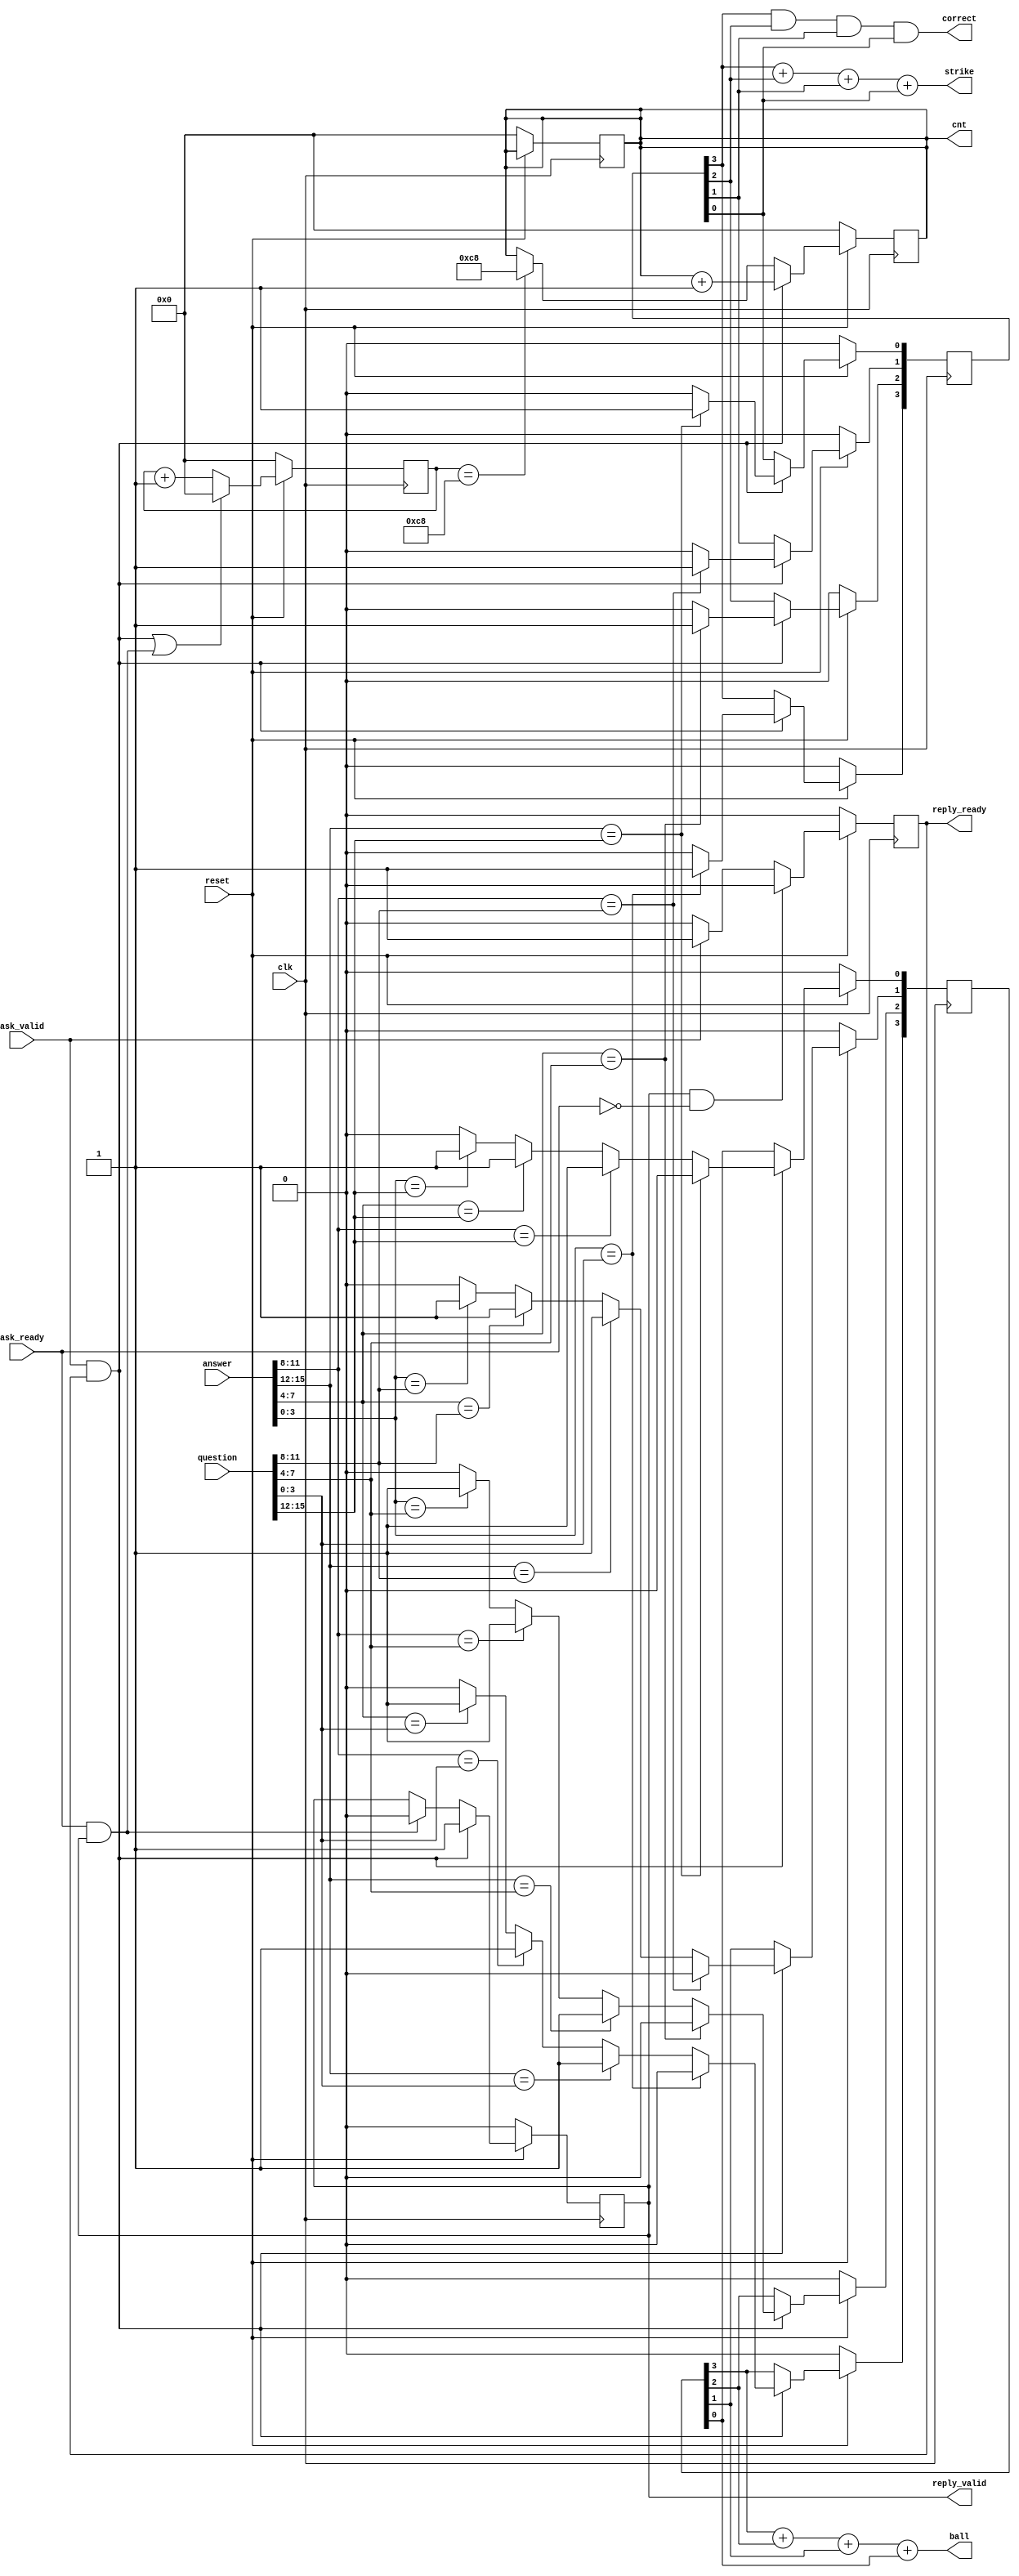
module grader(
  input reset,
  input clk,
  input [15:0] answer,
  input [15:0] question,
  input ask_valid,
  input ask_ready,
  output [2:0] strike,
  output [2:0] ball,
  output reg [15:0] cnt,
  output wire reply_ready,
  output wire reply_valid,
  output correct
  );

reg [3:0] strike_reg, ball_reg;

reg reply_valid_int;
reg reply_ready_int;
reg [15:0] cnt_deadlock;

always @(*) begin
  if(ask_valid & reply_ready) begin
    $display("quest : %h", question);
  end
end

assign strike = (strike_reg[3] + strike_reg[2] + strike_reg[1] + strike_reg[0]);
assign ball = (ball_reg[3] + ball_reg[2] + ball_reg[1] + ball_reg[0]);
assign correct = (strike_reg[3] & strike_reg[2] & strike_reg[1] & strike_reg[0]);
assign reply_ready = reply_ready_int;
assign reply_valid = reply_valid_int;

// read channel
always @(posedge clk) begin
  if(!reset) begin
    reply_ready_int <= 1'b0;
  end else if(reply_valid & ~ask_ready) begin
    reply_ready_int <= 1'b0;
  end else if(ask_valid) begin
    reply_ready_int <= 1'b1;
  end else begin
    reply_ready_int <= 1'b0;
  end
end

// write channel
always @(posedge clk) begin
  if(!reset) begin
    reply_valid_int <= 1'b0;
  end else if(ask_valid & reply_ready) begin
    reply_valid_int <= 1'b1;
  end else if(ask_ready & reply_valid) begin
    reply_valid_int <= 1'b0;
  end
end

always @(posedge clk) begin
  if(!reset) begin
    cnt <= 16'd0;
  end else if(ask_valid & reply_ready) begin
    cnt <= cnt + 16'd1;
  end else if(cnt_deadlock == 200) begin
    cnt <= 200;
  end
end    

always @(posedge clk) begin
  if(!reset) begin
    cnt_deadlock <= 16'd0;
  end else if((ask_valid & reply_ready) | (ask_ready & reply_valid)) begin
    cnt_deadlock <= 16'd0;
  end else begin
    cnt_deadlock <= cnt_deadlock + 1;
  end
end    

always @(posedge clk) begin
    if(!reset) begin
      cnt <= 16'd0;
      strike_reg <= 4'b0;
      ball_reg <= 4'b0;
    end else begin
      if(ask_valid & reply_ready) begin
        // Check strike and ball //
        if(answer[15:12] == question[15:12]) begin
          strike_reg[0] <= 1'b1;
          ball_reg[0] <= 1'b0;
        end
        else if(answer[11:8] == question[15:12]) begin
          strike_reg[0] <= 1'b0;
          ball_reg[0] <= 1'b1;
        end 
        else if(answer[7:4] == question[15:12]) begin
          strike_reg[0] <= 1'b0;
          ball_reg[0] <= 1'b1;
        end 
        else if(answer[3:0] == question[15:12]) begin
          strike_reg[0] <= 1'b0;
          ball_reg[0] <= 1'b1;
        end 
        else begin
          strike_reg[0] <= 1'b0;
          ball_reg[0] <= 1'b0;
        end

        if(answer[11:8] == question[11:8]) begin
          strike_reg[1] <= 1'b1;
          ball_reg[1] <= 1'b0;
        end
        else if(answer[15:12] == question[11:8]) begin
          strike_reg[1] <= 1'b0;
          ball_reg[1] <= 1'b1;
        end 
        else if(answer[7:4] == question[11:8]) begin
          strike_reg[1] <= 1'b0;
          ball_reg[1] <= 1'b1;
        end 
        else if(answer[3:0] == question[11:8]) begin
          strike_reg[1] <= 1'b0;
          ball_reg[1] <= 1'b1;
        end 
        else begin
          strike_reg[1] <= 1'b0;
          ball_reg[1] <= 1'b0;
        end
  
        if(answer[7:4] == question[7:4]) begin
          strike_reg[2] <= 1'b1;
          ball_reg[2] <= 1'b0;
        end
        else if(answer[15:12] == question[7:4]) begin
          strike_reg[2] <= 1'b0;
          ball_reg[2] <= 1'b1;
        end 
        else if(answer[11:8] == question[7:4]) begin
          strike_reg[2] <= 1'b0;
          ball_reg[2] <= 1'b1;
        end 
        else if(answer[3:0] == question[7:4]) begin
          strike_reg[2] <= 1'b0;
          ball_reg[2] <= 1'b1;
        end 
        else begin
          strike_reg[2] <= 1'b0;
          ball_reg[2] <= 1'b0;
        end
  
        if(answer[3:0] == question[3:0]) begin
          strike_reg[3] <= 1'b1;
          ball_reg[3] <= 1'b0;
        end
        else if(answer[15:12] == question[3:0]) begin
          strike_reg[3] <= 1'b0;
          ball_reg[3] <= 1'b1;
        end 
        else if(answer[11:8] == question[3:0]) begin
          strike_reg[3] <= 1'b0;
          ball_reg[3] <= 1'b1;
        end 
        else if(answer[7:4] == question[3:0]) begin
          strike_reg[3] <= 1'b0;
          ball_reg[3] <= 1'b1;
        end 
        else begin
          strike_reg[3] <= 1'b0;
          ball_reg[3] <= 1'b0;
        end
      end
    end
  end    
endmodule